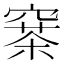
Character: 𥧣